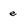
Character: e